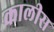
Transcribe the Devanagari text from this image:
कालीस